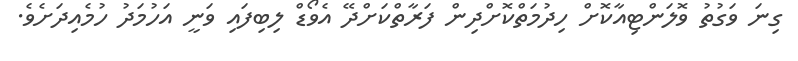
ގިނަ ވަގުތު ވޮލަންޓިއާކޮށް ހިދުމަތްކޮށްދިން ފަރާތްކަށްދޭ އެވޯޑް ލިބިފައި ވަނީ އަހުމަދު ހުމެއިދަށެވެ.